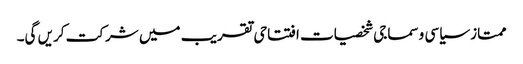
ممتاز سیاسی وسماجی شخصیات افتتاحی تقریب میں شرکت کریں گی۔